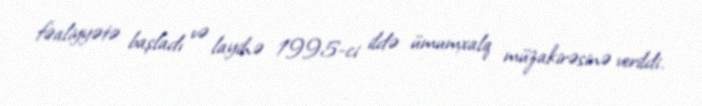
fəaliyyətə başladı və layihə 1995-ci ildə ümumxalq müzakirəsinə verildi.